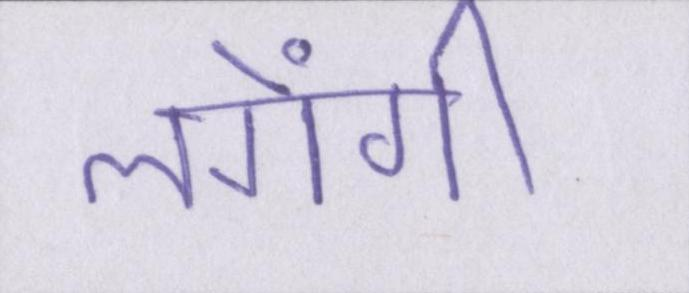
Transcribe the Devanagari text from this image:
लगेंगी